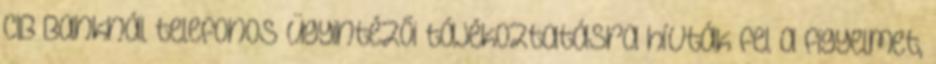
CIB Banknál telefonos ügyintézői tájékoztatásra hívták fel a figyelmet,